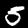
Digit: 5